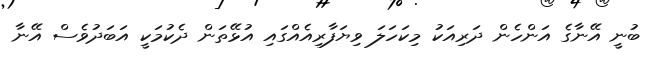
ބުނީ އޭނާގެ އަންހެން ދަރިއަކު މިކަހަލަ ވިޔަފާރިއެއްގައި އުޅޭތަން ދެކުމަކީ އަބަދުވެސް އޭނާ